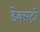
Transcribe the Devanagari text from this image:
डेक्सट्रो